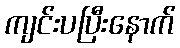
ကျင်းပပြီးနောက်